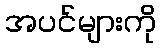
အပင်များကို